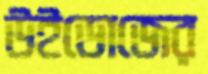
উইডোজের